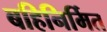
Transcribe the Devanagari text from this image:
बहिनिर्मित